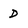
Character: D